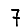
Digit: 7